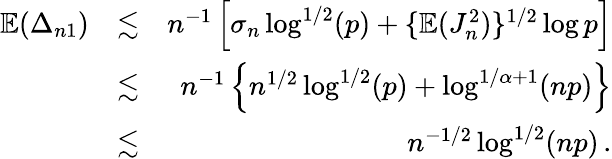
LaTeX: \begin{array}{rlr}{{\mathbb{E}}(\Delta_{n1})}&{\lesssim}&{n^{-1}\left[\sigma_{n}\log^{1/2}(p)+\{ {\mathbb{E}}(J_{n}^{2})\} ^{1/2}\log p\right]}\\ &{\lesssim}&{n^{-1}\left\{ n^{1/2}\log^{1/2}(p)+\log^{1/\alpha+1}(np)\right\} }\\ &{\lesssim}&{n^{-1/2}\log^{1/2}(np)\, .}\end{array}